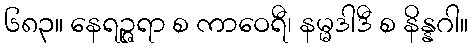
၆၈၃။ နေရဉ္ဇရာ စ ကာဝေရီ၊ နမ္မဒါဒီ စ နိန္နဂါ။